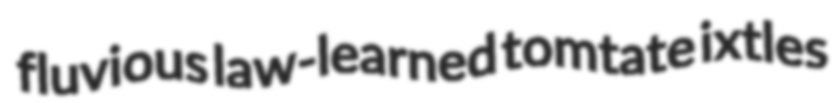
fluvious law-learned tomtate ixtles